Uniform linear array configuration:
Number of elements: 8
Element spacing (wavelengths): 0.75
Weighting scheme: binomial
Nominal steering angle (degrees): -60
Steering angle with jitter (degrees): -61.901
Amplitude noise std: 0.05
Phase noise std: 0.05

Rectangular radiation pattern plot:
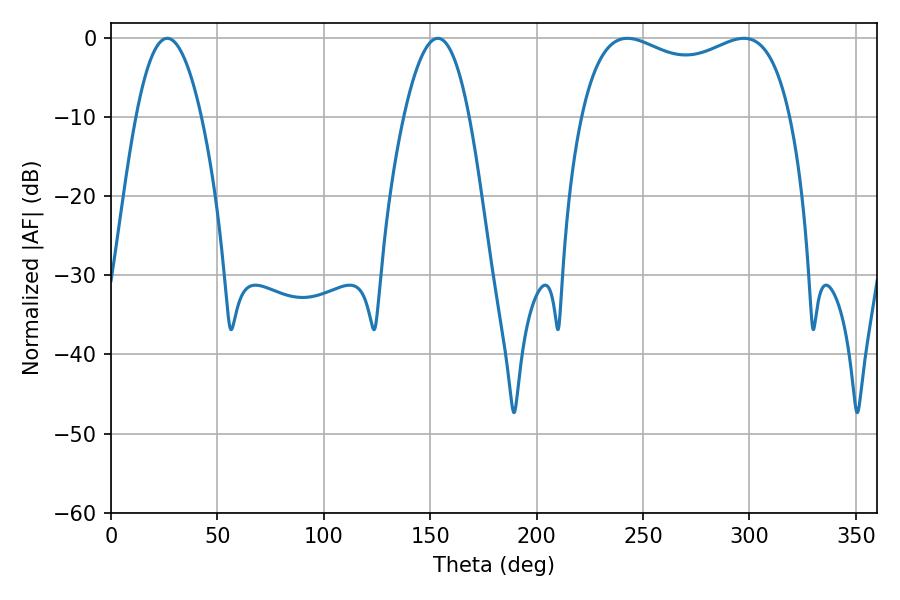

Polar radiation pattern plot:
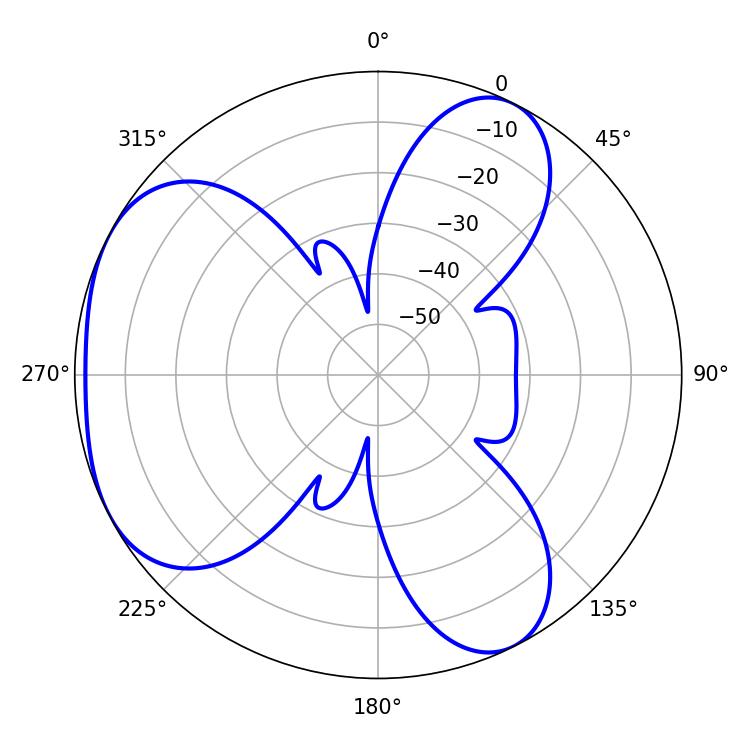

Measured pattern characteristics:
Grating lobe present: TRUE
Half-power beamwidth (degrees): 81.36
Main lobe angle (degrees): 242.64